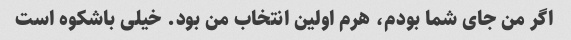
اگر من جای شما بودم، هرم اولین انتخاب من بود. خیلی باشکوه است